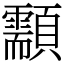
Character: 顬